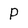
Character: P